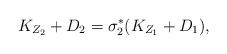
LaTeX: \begin{align*}K_{Z_2}+D_2=\sigma_2^* (K_{Z_1}+D_1),\end{align*}